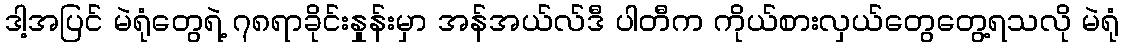
ဒါ့အပြင် မဲရုံတွေရဲ့ ၇၈ရာခိုင်းနှုန်းမှာ အန်အယ်လ်ဒီ ပါတီက ကိုယ်စားလှယ်တွေတွေ့ရသလို မဲရုံ